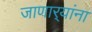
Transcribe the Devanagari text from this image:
जाणार्‍यांना